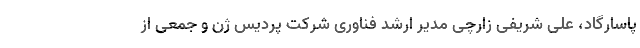
پاسارگاد، علی شریفی زارچی مدیر ارشد فناوری شركت پردیس‌ ژن و جمعی از